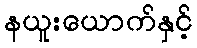
နယူးယောက်နှင့်